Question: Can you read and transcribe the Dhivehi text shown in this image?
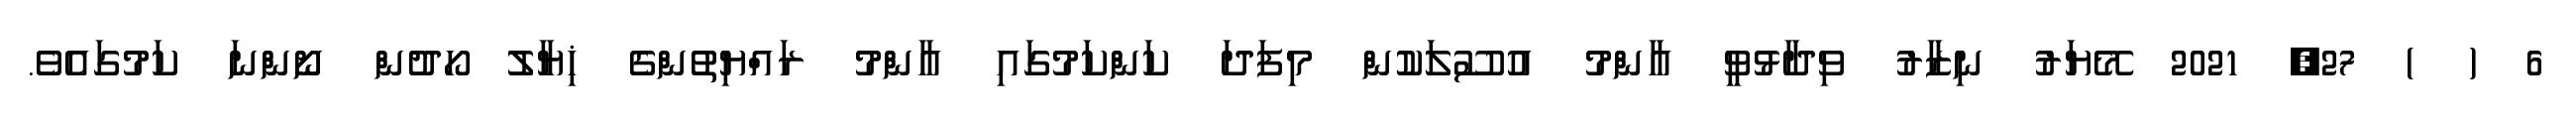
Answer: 6 ( ) 27, 2021 މޭޔަރު ނިޒާރު ވިދާޅުވީ އާންމު އުސޫލަކުން މިފަދަ ކަންކަމުގައި އާންމު ރައްޔިތުންގެ ޚިޔާލު ހޯދުން ނޯންނަ ކަމުގައެވެ.